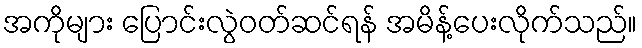
အကိုများ ပြောင်းလွဲဝတ်ဆင်ရန် အမိန့်ပေးလိုက်သည်။